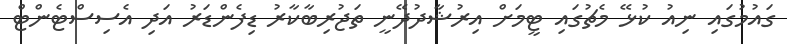
ގައުމުގައި ނިއު ކުޅޭ މެޗުގައި ޓީމަށް އިރުޝާދުދޭނީ ތަޖުރިބާކާރު ޑިފެންޑަރު އަދި އެސިސްޓެންޓް